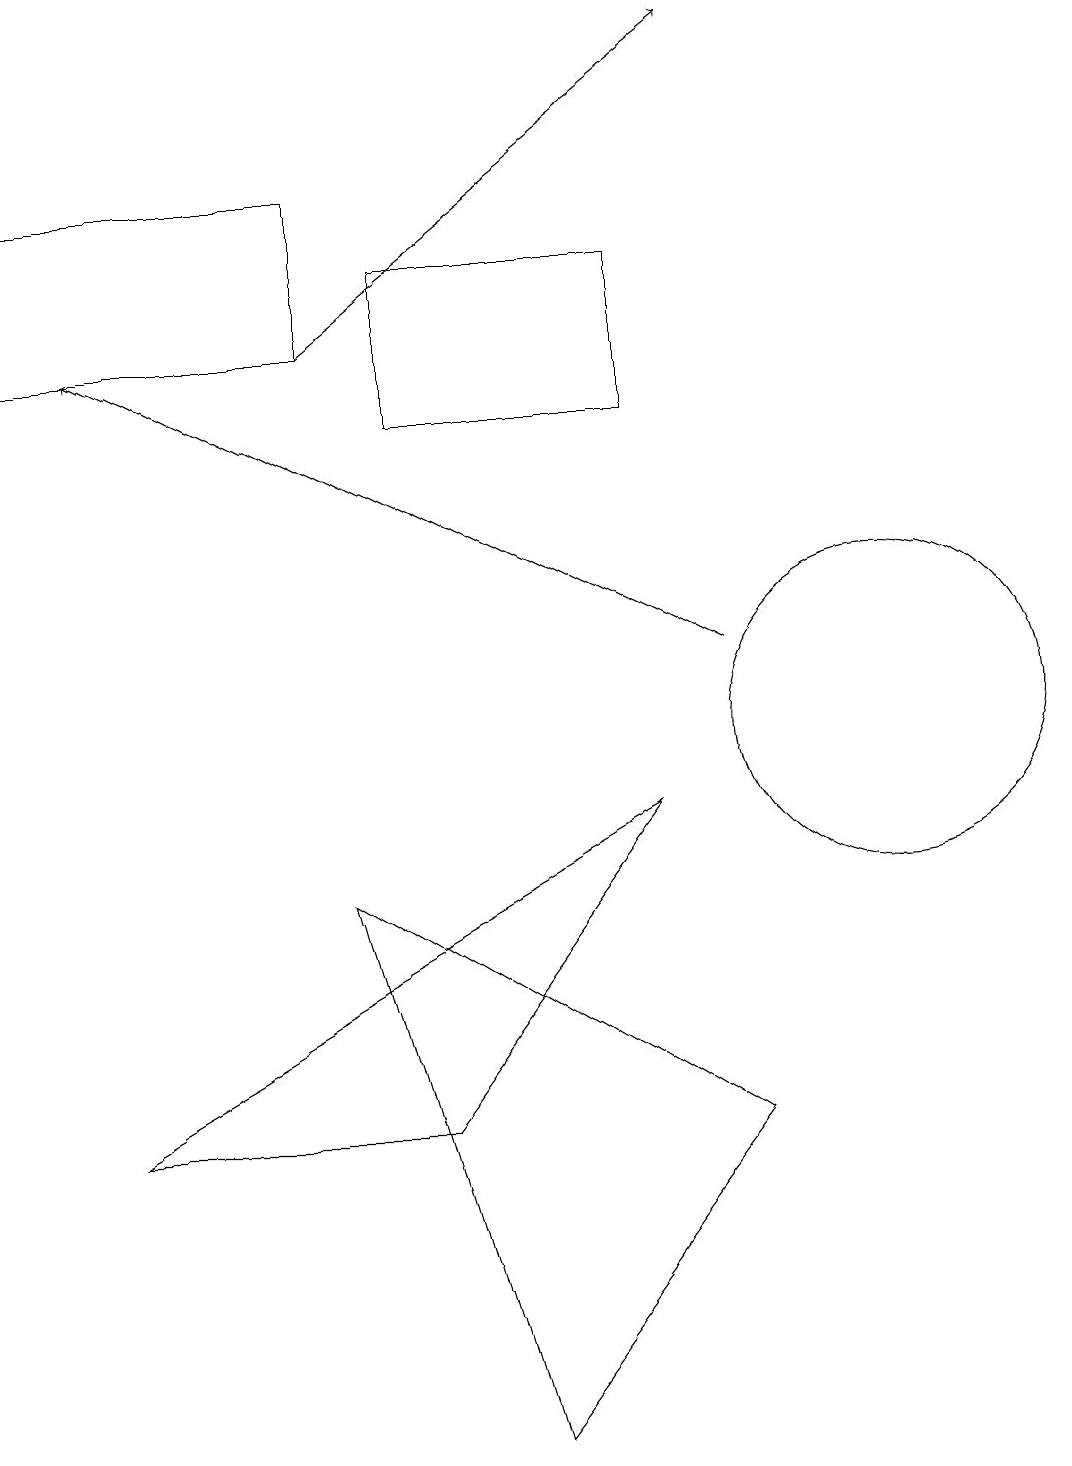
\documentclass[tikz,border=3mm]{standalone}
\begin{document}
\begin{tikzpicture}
\draw[->] (9,11) -- (1,15);
\draw (4,17) rectangle (0,15);
\draw (8,14) rectangle (5,16);
\draw (8,9) -- (1,5) -- (5,5) -- cycle;
\draw (9,5) -- (6,1) -- (4,8) -- cycle;
\draw[->] (4,15) -- (9,19);
\draw (11,10) circle (2);
\draw (10,11) circle (0);
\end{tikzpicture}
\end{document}